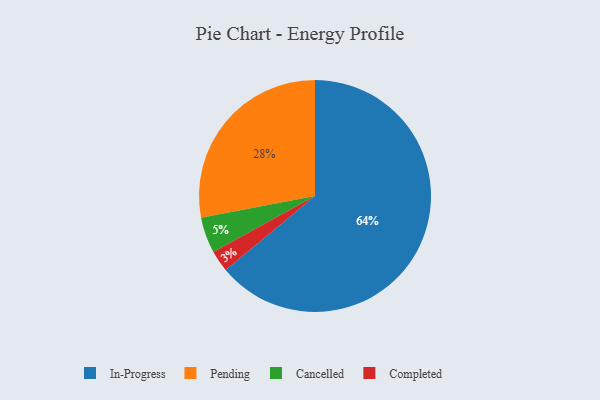
{"axis": {"x": "Category", "y": "Percentage"}, "legend": ["Cancelled", "Completed", "In-Progress", "Pending"], "data": [{"x": "In-Progress", "y": 64, "type": "In-Progress"}, {"x": "Completed", "y": 3, "type": "Completed"}, {"x": "Cancelled", "y": 5, "type": "Cancelled"}, {"x": "Pending", "y": 28, "type": "Pending"}]}